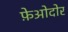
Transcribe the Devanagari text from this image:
फ़ेओदोर